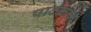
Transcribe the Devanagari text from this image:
पाठकत्व